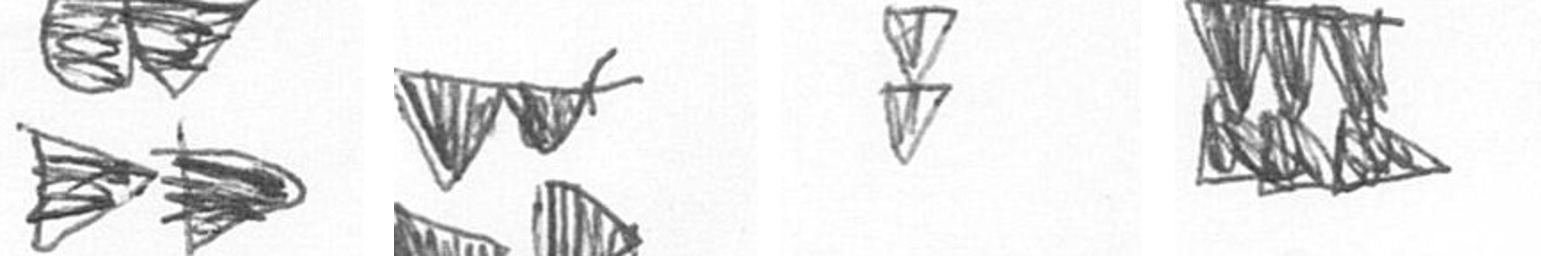
B B Z D